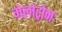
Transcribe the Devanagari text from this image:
मेलोट्रोन